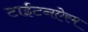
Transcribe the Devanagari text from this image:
टाईटनऐरम